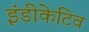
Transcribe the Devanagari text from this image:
इंडीकेटिव